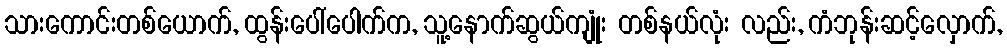
သားကောင်းတစ်ယောက်, ထွန်းပေါ်ပေါက်က, သူ့နောက်ဆွယ်ကျုံး တစ်နယ်လုံး လည်း, ကံဘုန်းဆင့်လှောက်,